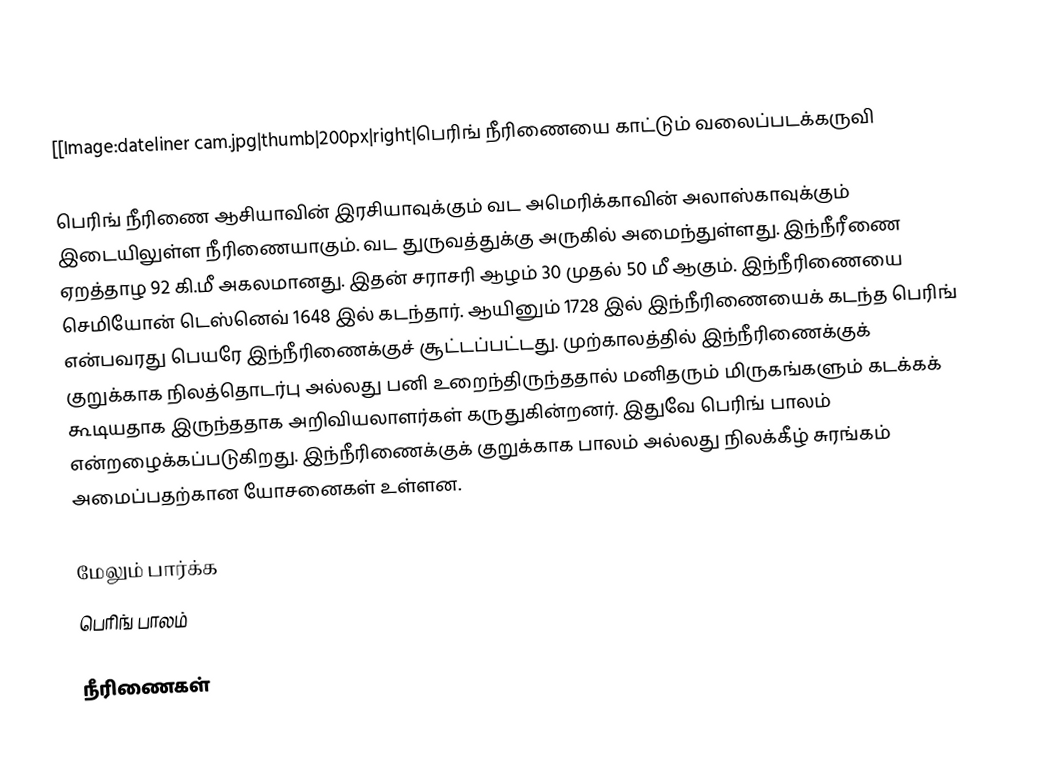
[[Image:dateliner cam.jpg|thumb|200px|right|பெரிங் நீரிணையை காட்டும் வலைப்படக்கருவி

பெரிங் நீரிணை ஆசியாவின் இரசியாவுக்கும் வட அமெரிக்காவின் அலாஸ்காவுக்கும் இடையிலுள்ள நீரிணையாகும். வட துருவத்துக்கு அருகில் அமைந்துள்ளது. இந்நீரீணை ஏறத்தாழ 92 கி.மீ அகலமானது. இதன் சராசரி ஆழம் 30 முதல் 50 மீ ஆகும். இந்நீரிணையை செமியோன் டெஸ்னெவ் 1648 இல் கடந்தார். ஆயினும் 1728 இல் இந்நீரிணையைக் கடந்த பெரிங் என்பவரது பெயரே இந்நீரிணைக்குச் சூட்டப்பட்டது. முற்காலத்தில் இந்நீரிணைக்குக் குறுக்காக நிலத்தொடர்பு அல்லது பனி உறைந்திருந்ததால் மனிதரும் மிருகங்களும் கடக்கக் கூடியதாக இருந்ததாக அறிவியலாளர்கள் கருதுகின்றனர். இதுவே பெரிங் பாலம் என்றழைக்கப்படுகிறது. இந்நீரிணைக்குக் குறுக்காக பாலம் அல்லது நிலக்கீழ் சுரங்கம் அமைப்பதற்கான யோசனைகள் உள்ளன.

மேலும் பார்க்க
 பெரிங் பாலம்

நீரிணைகள்